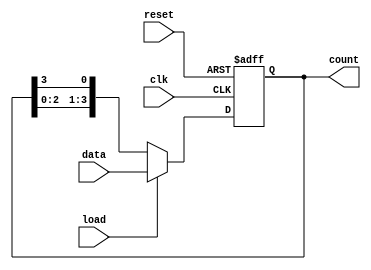
module LoadableRingCounter (
    input wire clk,        // Clock signal
    input wire reset,      // Asynchronous reset signal
    input wire load,       // Load control signal
    input wire [N-1:0] data, // Data input for loading
    output reg [N-1:0] count // Current count output
);
    parameter N = 4; // Number of bits in the counter

    always @(posedge clk or posedge reset) begin
        if (reset) begin
            // Asynchronous reset to a known state, typically zero
            count <= {N{1'b0}};
        end else if (load) begin
            // Load the specified value into the counter
            count <= data;
        end else begin
            // Shift the counter in a ring fashion
            count <= {count[N-2:0], count[N-1]};
        end
    end
endmodule